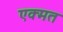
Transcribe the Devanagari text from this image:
एक्मत